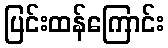
ပြင်းထန်ကြောင်း